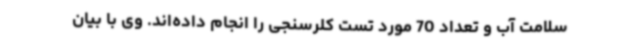
سلامت آب و تعداد 70 مورد تست کلرسنجی را انجام داده‌اند. وی با بیان